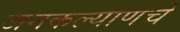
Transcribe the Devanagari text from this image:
जनकल्याणचे